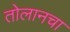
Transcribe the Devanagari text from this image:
तोलानचा